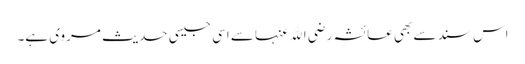
اس سند سے بھی عائشہ رضی الله عنہا سے اسی جیسی حدیث مروی ہے۔